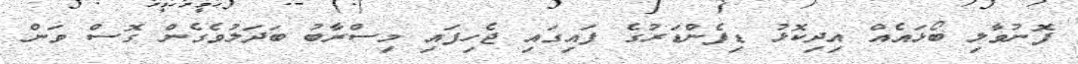
ފޮނުވާލި ބޯޅައެއް އިދިކޮޅު ޑިފެންޑަރުގެ ފައިގައި ޖެހިފައި މިސްރާބު ބަދަލުވެގެން ގޮސް ވަން